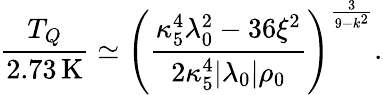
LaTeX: {\frac{T_{Q}}{2.73\, \mathrm{K}}}\simeq\left({\frac{\kappa_{5}^{4}\lambda_{0}^{2}-36\xi^{2}}{2\kappa_{5}^{4}|\lambda_{0}|\rho_{0}}}\right)^{\frac{3}{9-k^{2}}}.